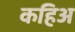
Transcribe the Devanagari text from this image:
कहिअ